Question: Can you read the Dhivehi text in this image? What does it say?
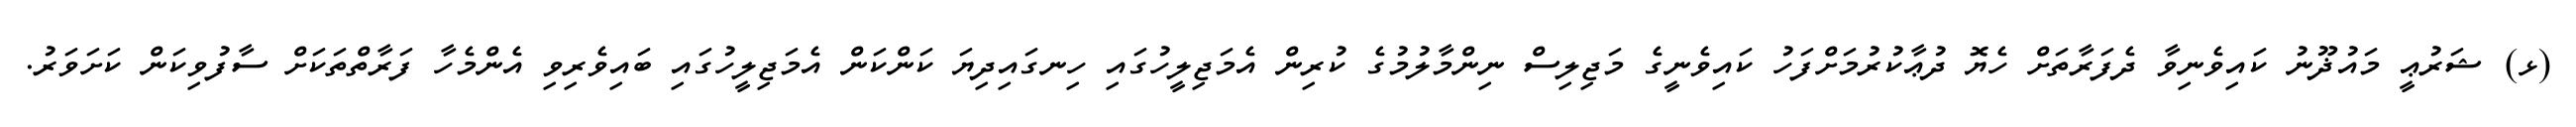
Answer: (ޅ) ޝަރުޢީ މައުޛޫނު ކައިވެނިވާ ދެފަރާތަށް ހެޔޮ ދުޢާކުރުމަށްފަހު ކައިވެނީގެ މަޖިލިސް ނިންމާލުމުގެ ކުރިން އެމަޖިލީހުގައި ހިނގައިދިޔަ ކަންކަން އެމަޖިލީހުގައި ބައިވެރިވި އެންމެހާ ފަރާތްތަކަށް ސާފުވިކަން ކަށަވަރު.